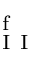
_ \mathrm { ~ I ~ I ~ } ^ { \mathrm { ~ f ~ } }